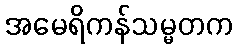
အမေရိကန်သမ္မတက